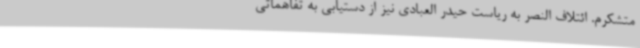
متشکرم. ائتلاف النصر به ریاست حیدر العبادی نیز از دستیابی به تفاهماتی